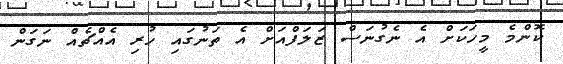
ކޮންމެ މީހަކަށް އެ ނެގުނަސް ޒަލަފްއަށް އެ ތަނުގައި ހުރި އެއްޗެއް ނަގަން